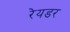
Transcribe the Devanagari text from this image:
रेयडर